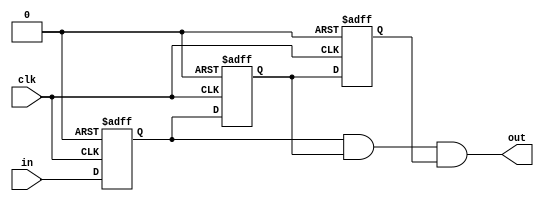
`timescale 1ns / 1ps
//////////////////////////////////////////////////////////////////////////////////
// Company: 
// Engineer: 
// 
// Design Name: 
// Module Name: Debounce
// Project Name: 
// Target Devices: 
// Tool Versions: 
// Description: 
// 
// Dependencies: 
// 
// Revision:
// Revision 0.01 - File Created
// Additional Comments:
// 
//////////////////////////////////////////////////////////////////////////////////


module debouncer(input wire clk, input wire in, output wire out);
reg q1,q2,q3;
wire rst = 1'b0;
always@(posedge clk, posedge rst) begin
 if(rst == 1'b1) begin
 q1 <= 0;
 q2 <= 0;
 q3 <= 0;
 end
 else begin
 q1 <= in;
 q2 <= q1;
 q3 <= q2;
 end
end
assign out = (rst) ? 0 : q1&q2&q3;
endmodule